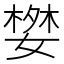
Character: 𭒓